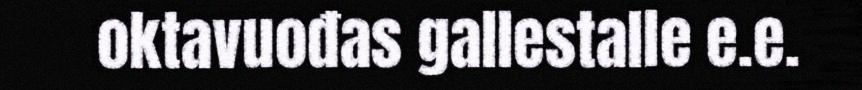
oktavuođas gallestalle e.e.